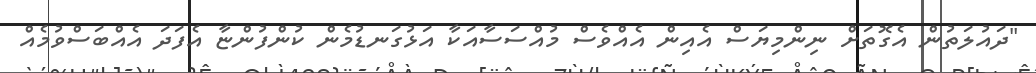
"ދައުލަތުން އެގޮތަށް ނިންމިޔަސް އެއިން އެއްވެސް މުއްސަސާއަކާ އަޅުގަނޑުމެން ކުންފުންޏާ އެފަދަ އެއްބަސްވުމެއް